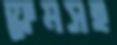
ফ্রেমসহ